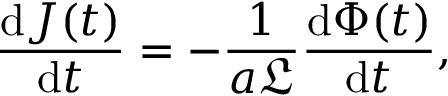
\frac { \mathrm { d } J ( t ) } { \mathrm { d } t } = - \frac { 1 } { a \mathfrak { L } } \frac { \mathrm { d } \Phi ( t ) } { \mathrm { d } t } ,